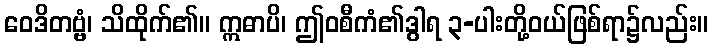
ဝေဒိတဗ္ဗံ၊ သိထိုက်၏။ ဣဓာပိ၊ ဤဝစီကံ၏ဒွါရ ၃-ပါးတို့ဝယ်ဖြစ်ရာ၌လည်း။